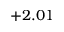
+ 2 . 0 1